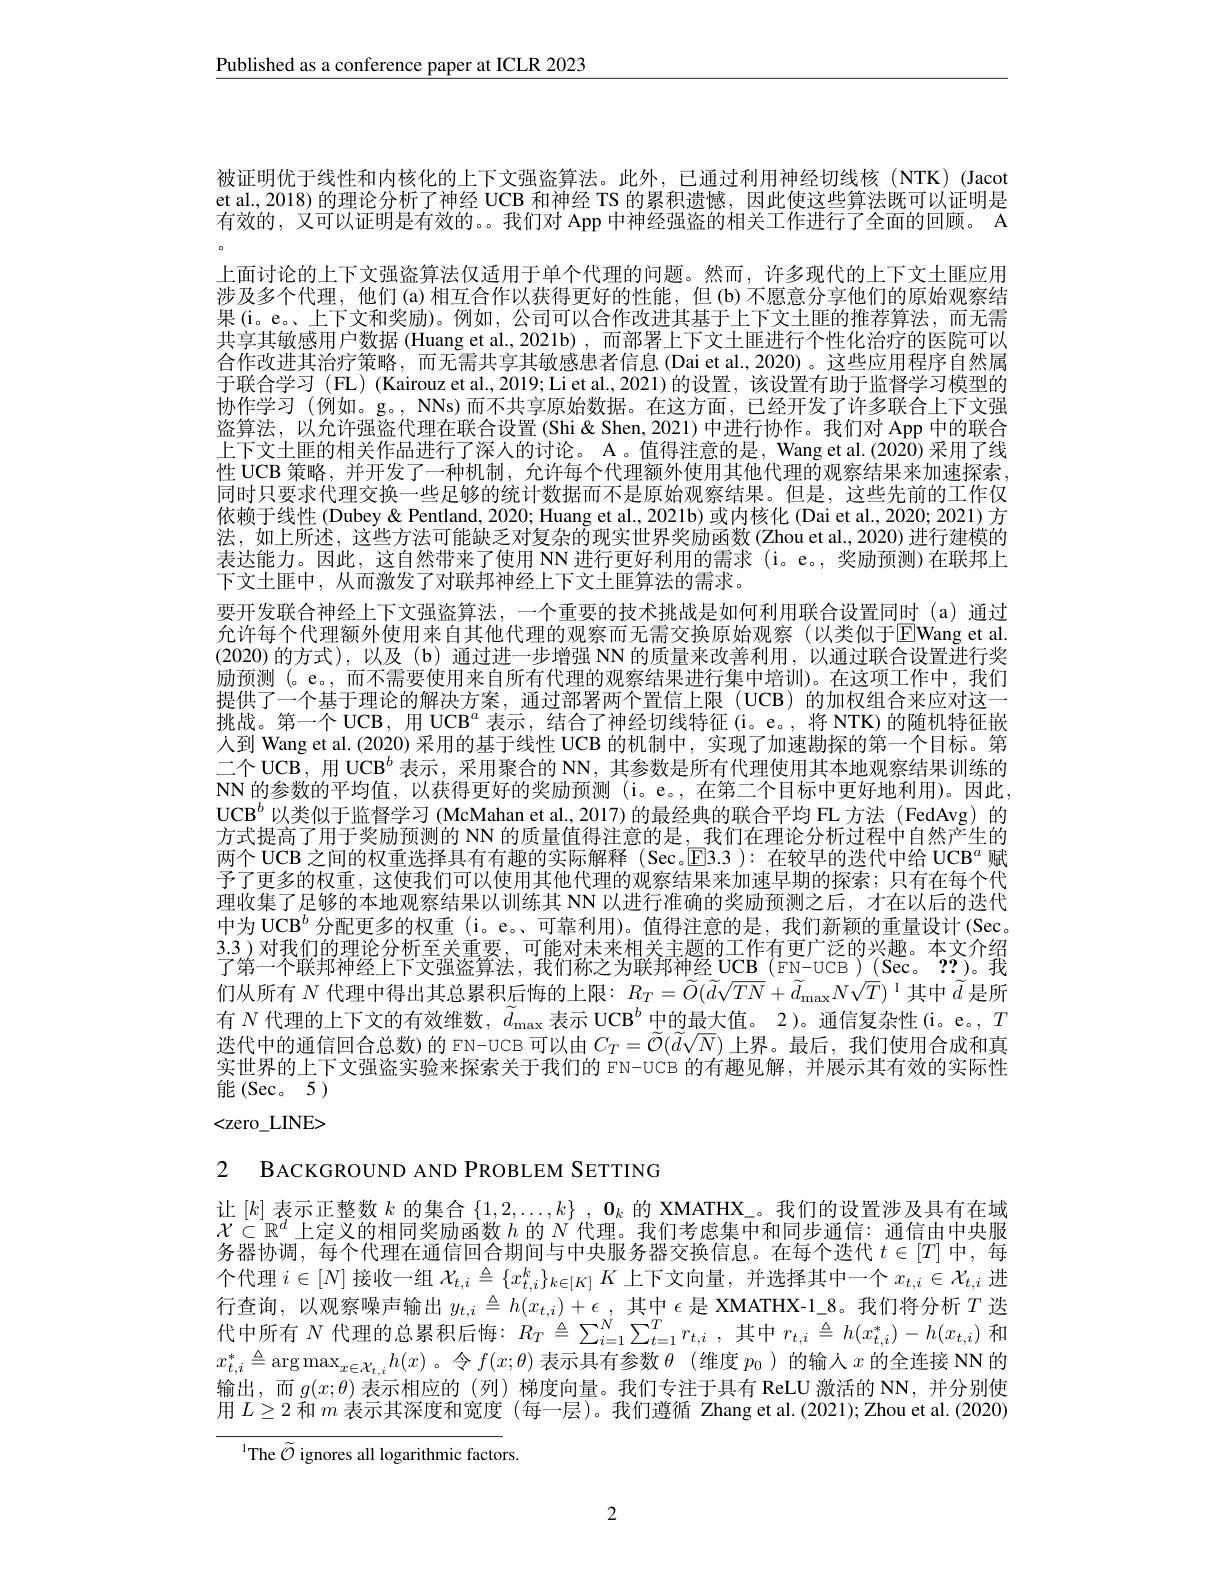
Published as a conference paper at ICLR 2023

被证明优于线性和内核化的上下文强盗算法。此外，已通过利用神经切线核(NTK)(Jacot et al., 2018) 的理论分析了神经 UCB 和神经 TS 的累积遗憾，因此使这些算法既可以证明是有效的，又可以证明是有效的。。我们对 App 中神经强盗的相关工作进行了全面的回顾。A 上面讨论的上下文强盗算法仅适用于单个代理的问题。然而，许多现代的上下文土匪应用涉及多个代理，他们(a)相互合作以获得更好的性能，但(b)不愿意分享他们的原始观察结果(i。e。上下文和奖励)。例如，公司可以合作改进其基于上下文土匪的推荐算法，而无需共享其敏感用户数据 (Huang et al.,2021b),而部署上下文土匪进行个性化治疗的医院可以合作改进其治疗策略，而无需共享其敏感患者信息 (Dai et al.,2020)。这些应用程序自然属于联合学习(FL)(Kairouz et al., 2019; Li et al., 2021) 的设置，该设置有助于监督学习模型的协作学习 (例如。g。, NNs) 而不共享原始数据。在这方面，已经开发了许多联合上下文强盗算法，以允许强盗代理在联合设置 (Shi&Shen,2021)中进行协作。我们对 App 中的联合上下文土匪的相关作品进行了深人的讨论。A 。值得注意的是，Wang et al.(2020) 采用了线性 UCB 策略，并开发了一种机制，允许每个代理额外使用其他代理的观察结果来加速探索同时只要求代理交换一些足够的统计数据而不是原始观察结果。但是，这些先前的工作仅依赖于线性 (Dubey & Pentland, 2020; Huang et al., 2021b) 或内核化 (Dai et al., 2020; 2021) 方法，如上所述，这些方法可能缺乏对复杂的现实世界奖励函数(Zhou et al., 2020)进行建模的表达能力。因此，这自然带来了使用 NN 进行更好利用的需求 (i。e。, 奖励预测)在联邦上下文土匪中，从而激发了对联邦神经上下文土匪算法的需求。
要开发联合神经上下文强盗算法，一个重要的技术挑战是如何利用联合设置同时 (a)通过允许每个代理额外使用来自其他代理的观察而无需交换原始观察(以类似于$\overline{E}$Wang et al. (2020)的方式),以及(b)通过进一步增强 NN 的质量来改善利用，以通过联合设置进行奖励预测(。e。,而不需要使用来自所有代理的观察结果进行集中培训)。在这项工作中，我们提供了一个基于理论的解决方案，通过部署两个置信上限 (UCB) 的加权组合来应对这一挑战。第一个 UCB, 用 UCB$^a$表示，结合了神经切线特征 (i。e。, 将 NTK) 的随机特征嵌人到 Wang et al.(2020) 采用的基于线性 UCB 的机制中，实现了加速勘探的第一个目标。第二个 UCB, 用 UCB$^b$表示，采用聚合的 NN, 其参数是所有代理使用其本地观察结果训练的NN 的参数的平均值，以获得更好的奖励预测 (i。e。,在第二个目标中更好地利用)。因此， $\mathrm{UCB}^b$以类似于监督学习(McMahan et al., 2017)的最经典的联合平均 FL 方法(FedAvg)的方式提高了用于奖励预测的 NN 的质量值得注意的是，我们在理论分析过程中自然产生的两个 UCB 之间的权重选择具有有趣的实际解释 (Sec。$\overline{\mathrm{E}}$3.3 ): 在较早的迭代中给 UCB$^a$赋予了更多的权重，这使我们可以使用其他代理的观察结果来加速早期的探索；只有在每个代理收集了足够的本地观察结果以训练其 NN 以进行准确的奖励预测之后，才在以后的迭代中为 UCB$^{b}$分配更多的权重 (i。e。、可靠利用)。值得注意的是，我们新颖的重量设计 (Sec。3.3)对我们的理论分析至关重要，可能对未来相关主题的工作有更广泛的兴趣。本文介绍了第一个联邦神经上下文强盗算法，我们称之为联邦神经 UCB (FN-UCB)(Sec。??)。我们从所有 $N$ 代理中得出其总累积后悔的上限$:R_T=\widetilde{O}(\widetilde{d}\sqrt{TN}+\widetilde{d}_{\max}N\sqrt{T})^{1}$其中$\widetilde{d}$ 是所有$N$代理的上下文的有效维数，$d_\mathrm{max}\text{ 表示 UCB}^b$中的最大值。2)。通信复杂性(i。e。, $T$ 迭代中的通信回合总数)的 FN-UCB 可以由$C_T=\widetilde{\mathcal{O}}(\widetilde{d}\sqrt{N})$上界。最后，我们使用合成和真实世界的上下文强盗实验来探索关于我们的 FN-UCB 的有趣见解，并展示其有效的实际性能(Sec。5) <zero\_LINE>

2 BACKGROUND AND PROBLEM SETTING

让$[k]$表示正整数$k$的集合$\{1,2,\ldots,k\}$ , $\mathbf{0}_k$的 XMATHX\_。我们的设置涉及具有在域$\mathcal{X}\subset\mathbb{R}^d$上定义的相同奖励函数$h$的$N$代理。我们考虑集中和同步通信：通信由中央服务器协调，每个代理在通信回合期间与中央服务器交换信息。在每个迭代$t\in[T]$中，每个代理$i\in[N]$接收一组$\mathcal{X}_t,i\triangleq\{x_{t,i}^k\}_{k\in[K]}K$上下文向量，并选择其中一个$x_t,i\in\mathcal{X}_{t,i}$进行查询，以观察噪声输出$y_t,i\triangleq h(x_{t,i})+\epsilon,\underset{N}{\operatorname*{\text{其中 }}}\epsilon$是 XMATHX-1\_8。我们将分析$T$ 迭代中所有$N$代理的总累积后悔：$R_T\triangleq\sum_{i=1}^{N}\sum_{t=1}^{T}r_{t,i}$,其中$r_t,i\triangleq h(x_{t,i}^{*})-h(x_{t,i})$和$x_{t,i}^{*}\triangleq\arg\max_{x\in\mathcal{X}_{t,i}}h(x)$ 。令$f(x;\theta)$表示具有参数$\theta$ (维度$p_0$ )的输入$x$的全连接 NN 的输出，而$g(x;\theta)$表示相应的 (列)梯度向量。我们专注于具有 ReLU 激活的 NN,并分别使用$L\geq2$和$m$表示其深度和宽度 (每一层)。我们遵循 Zhang et al.(2021);Zhou et al.(2020)
$^{\mathrm{l}}$The $\widetilde{\mathcal{O}}$ ignores all logarithmic factors

2